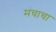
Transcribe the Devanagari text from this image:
मंचाचा